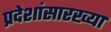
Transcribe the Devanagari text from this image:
प्रदेशांसारख्या